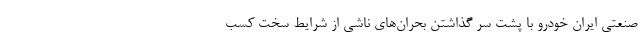
صنعتی ایران خودرو با پشت سر گذاشتن بحران‌های ناشی از شرایط سخت کسب